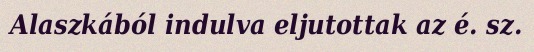
Alaszkából indulva eljutottak az é. sz.